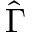
\hat { \Gamma }